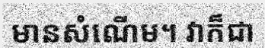
មានសំណើម។ វាក៏ជា